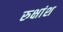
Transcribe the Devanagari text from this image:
रुक्षांश